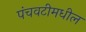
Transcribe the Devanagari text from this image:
पंचवटीमधील